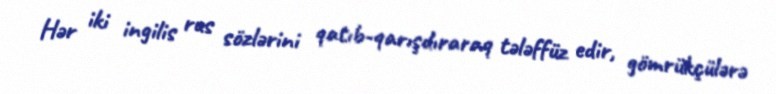
Hər iki ingilis rus sözlərini qatıb-qarışdıraraq tələffüz edir, gömrükçülərə